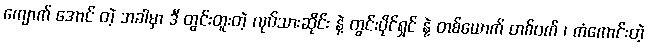
ကျောက် အောင် တဲ့ အခါမှာ ဒီ တွင်းတူးတဲ့ လုပ်သားဆိုင်း နဲ့ တွင်းပိုင်ရှင် နဲ့ တစ်ယောက် တစ်ဝက် ၊ ကံကောင်းတဲ့